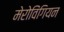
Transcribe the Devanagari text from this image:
मेरोविंगियन